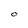
Character: O